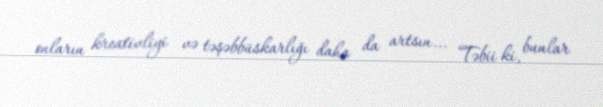
onların kreativliyi və təşəbbüskarlığı daha da artsın... Təbii ki, bunlar